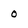
Character: o